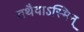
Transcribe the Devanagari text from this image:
तथैवाऽस्मिन्